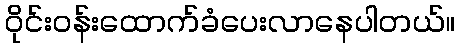
ဝိုင်းဝန်းထောက်ခံပေးလာနေပါတယ်။